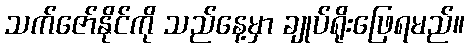
သက်ဇော်နိုင်ကို သည်နေ့မှာ ချုပ်ရိုးဖြေရမည်။